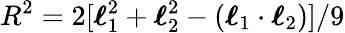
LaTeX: R^{2}=2[\boldsymbol{\ell}_{1}^{2}+\boldsymbol{\ell}_{2}^{2}-(\boldsymbol{\ell}_{1}\cdot\boldsymbol{\ell}_{2})]/9